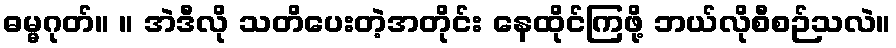
ဓမ္မဂုတ်။ ။ အဲဒီလို သတိပေးတဲ့အတိုင်း နေထိုင်ကြဖို့ ဘယ်လိုစီစဉ်သလဲ။